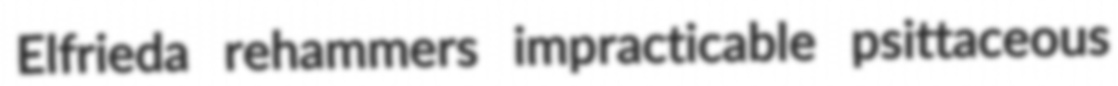
Elfrieda rehammers impracticable psittaceous